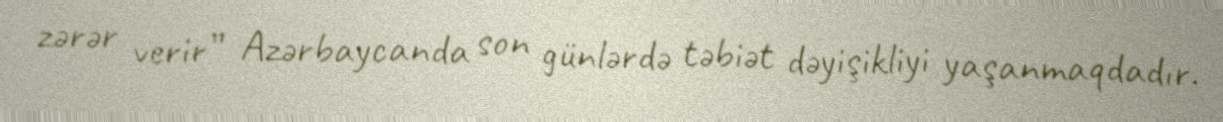
zərər verir” Azərbaycanda son günlərdə təbiət dəyişikliyi yaşanmaqdadır.